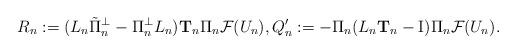
LaTeX: \begin{align*}R_n:=(L_n \tilde{\Pi}_n^{\perp}-\Pi_n^{\perp}L_n)\textbf{T}_n \Pi_n \mathcal{F}(U_n), Q'_n:=-\Pi_n (L_n \textbf{T}_n-\mathrm{I})\Pi_n \mathcal{F}(U_n).\end{align*}